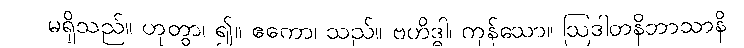
မရှိသည်။ ဟုတွာ၊ ၍။ ဧကော၊ သည်။ ဗဟိဒ္ဓါ၊ ကုန်သော။ ဩဒါတနိဘာသာနိ၊